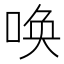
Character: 唤